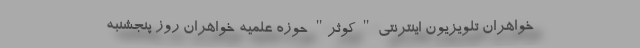
خواهران تلویزیون اینترنتی " کوثر" حوزه علمیه خواهران روز پنجشنبه